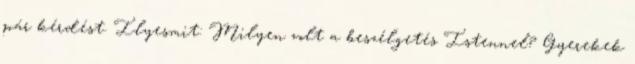
pár kérdést. Ilyesmit: Milyen volt a beszélgetés Istennel? Gyerekek